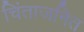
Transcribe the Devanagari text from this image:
चिंताजनित